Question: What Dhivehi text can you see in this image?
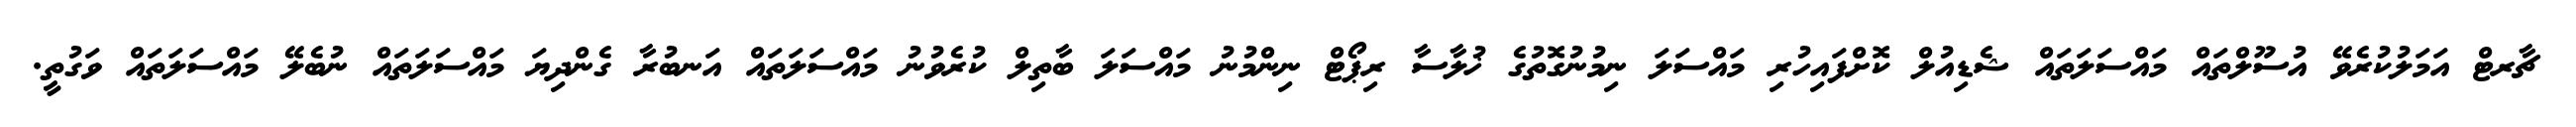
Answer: ޗާރޓް އަމަލުކުރެވޭ އުސޫލްތައް މައްސަލަތައް ޝެޑިއުލް ކޮށްފައިހުރި މައްސަލަ ނިމުނުގޮތުގެ ޚުލާސާ ރިޕޯޓް ނިންމުނު މައްސަލަ ބާތިލް ކުރެވުނު މައްސަލަތައް އަނބުރާ ގެންދިޔަ މައްސަލަތައް ނުބެލޭ މައްސަލަތައް ވަގުތީ.